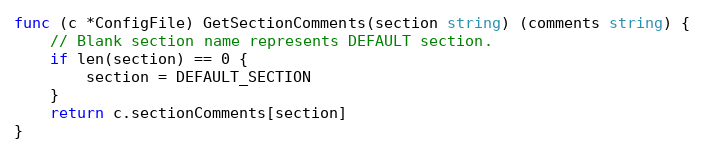
Language: Go
func (c *ConfigFile) GetSectionComments(section string) (comments string) {
	// Blank section name represents DEFAULT section.
	if len(section) == 0 {
		section = DEFAULT_SECTION
	}
	return c.sectionComments[section]
}